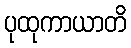
ပုထုကာယာတိ